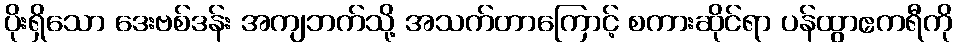
ပိုးရှိသော ဒေးဗစ်ဒန်း အကျဘက်သို့ အသက်တာကြောင့် စကားဆိုင်ရာ ပန်ထွာဧကရီကို